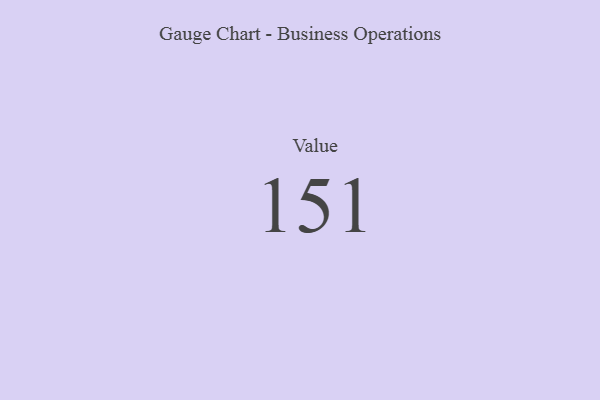
{"axis": {"x": "Metric", "y": "Value"}, "legend": [""], "data": [{"x": "Value", "y": 151, "type": ""}]}